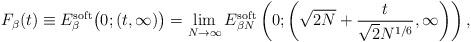
LaTeX: \begin{gather*}F_{\beta}(t) \equiv E_{\beta}^{{\rm soft}}\bigl(0; (t, \infty)\bigr) = \lim_{N\rightarrow \infty}E_{\beta N}^{{\rm soft}}\left(0;\left(\sqrt{2N}+\frac{t}{\sqrt{2}N^{1/6}}, \infty\right)\right),\end{gather*}